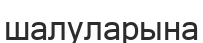
шалуларына